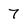
Character: 7